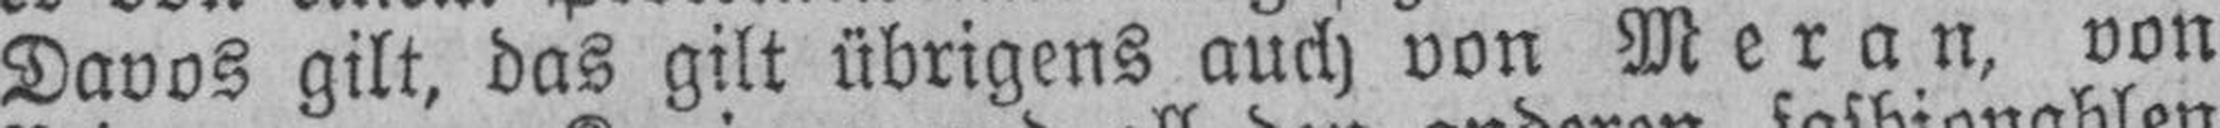
Davos gilt, das gilt übrigens auch von Meran, von